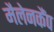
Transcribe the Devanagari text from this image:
मैलेनकैंप